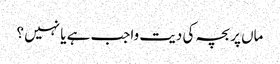
ماں پر بچہ کی دیت واجب ہے یا نہیں ؟